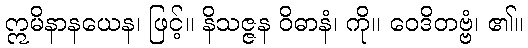
ဣမိနာနယေန၊ ဖြင့်။ နိသဇ္ဇန ဝိဓာနံ၊ ကို။ ဝေဒိတဗ္ဗံ၊ ၏။